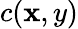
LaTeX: c(\mathbf{x},y)